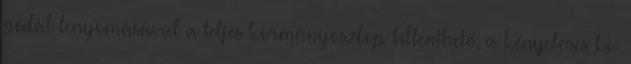
pedál lenyomásával a teljes kormányoszlop billenthető, a kényelmes ki-